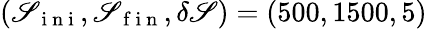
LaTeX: (\mathscr{S}_{\mathrm{{~i~n~i~}}},\mathscr{S}_{\mathrm{{~f~i~n~}}},\delta\mathscr{S})=(500,1500,5)